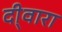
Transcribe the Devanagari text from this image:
दी्वारा